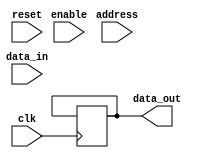
module memory_blocks_hbm (
    input wire clk,
    input wire reset,
    input wire enable,
    input wire [15:0] address,
    input wire [15:0] data_in,
    output reg [15:0] data_out
);

// Parameters
parameter NUM_BLOCKS = 8;
parameter NUM_ROWS = 16;
parameter NUM_COLS = 16;

// Memory block declaration
reg [15:0] memory[NUM_BLOCKS][NUM_ROWS][NUM_COLS];

// Address decoding logic
reg [2:0] block_addr;
reg [3:0] row_addr;
reg [3:0] col_addr;

always @ (posedge clk or posedge reset) begin
    if (reset) begin
        block_addr <= 3'b0;
        row_addr <= 4'b0;
        col_addr <= 4'b0;
    end else begin
        block_addr <= address[7:5];
        row_addr <= address[11:8];
        col_addr <= address[3:0];
    end
end

// Data multiplexing and demultiplexing logic
wire [15:0] data_mux;
wire [15:0] data_demux;

assign data_mux = memory[block_addr][row_addr][col_addr];
assign data_out = data_demux;

always @ (posedge clk) begin
    if (enable) begin
        memory[block_addr][row_addr][col_addr] <= data_in;
    end
    data_demux <= data_out;
end

endmodule